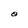
Character: O